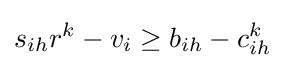
s_{ih}r^{k}-v_{i}\geq b_{ih}-c_{ih}^{k}